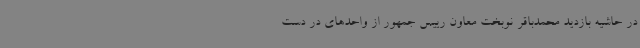
در حاشیه بازدید محمدباقر نوبخت معاون رییس جمهور از واحدهای در دست